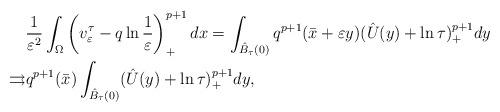
LaTeX: \begin{align*}&\frac{1}{\varepsilon^2}\int_\Omega\left( v^\tau_\varepsilon-q\ln\frac{1}{\varepsilon}\right) ^{p+1}_+ dx=\int_{\hat{B}_\tau(0)}q^{p+1}(\bar{x}+\varepsilon y)(\hat{U}(y)+\ln\tau)^{p+1}_+dy\\\rightrightarrows&q^{p+1}(\bar{x})\int_{\hat{B}_\tau(0)}(\hat{U}(y)+\ln\tau)^{p+1}_+dy,\end{align*}